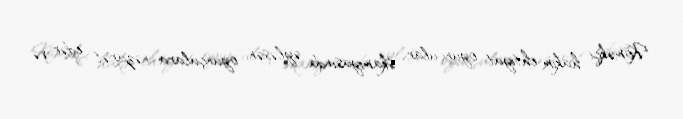
Köməkçi hakim ehtiyat oyunçular skamiyasında əyləşən oyunçulara nəzarət edər və